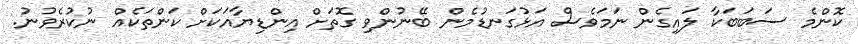
ކޮންމެ ސަބަބަކާ ލައިގެން ނަމަވެސް އަޅުގަނޑުމެން ބޭނުންވި ގޮތަށް އިންޑިޔާއަކަށް ކަންތަކެއް ނުކުރެވުނު.